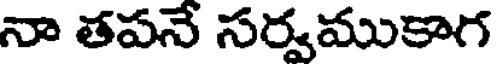
నా తపనే సర్వముకాగ